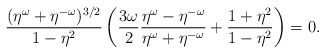
\begin{align*}\frac{(\eta^\omega+\eta^{-\omega})^{3/2}}{1-\eta^2} \left( \frac{3\omega}2 \frac{\eta^\omega-\eta^{-\omega}}{\eta^\omega+\eta^{-\omega}} + \frac{1+\eta^2}{1-\eta^2} \right) = 0.\end{align*}